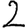
Digit: 2